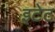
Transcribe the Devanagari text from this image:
इटेट